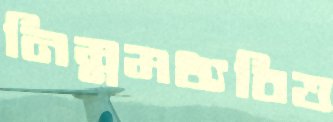
নিম্নমধ্যবিত্ত